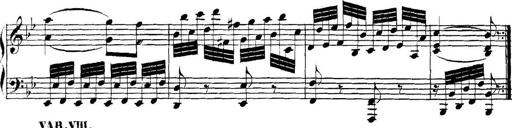
Title: Collected Piano Sonatas
Composer: Muzio Clementi